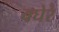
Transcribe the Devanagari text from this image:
वघेरे